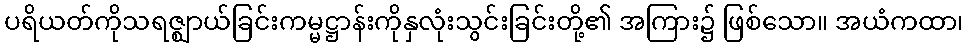
ပရိယတ်ကိုသရဇ္ဈာယ်ခြင်းကမ္မဋ္ဌာန်းကိုနှလုံးသွင်းခြင်းတို့၏ အကြား၌ ဖြစ်သော။ အယံကထာ၊